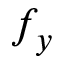
f _ { y }